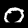
Label: 0